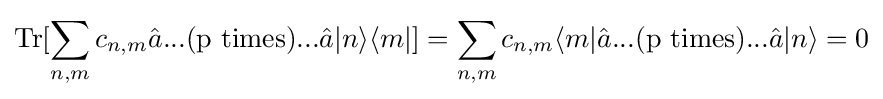
\mathrm {Tr} [\sum \limits _{n,m}c_{n,m}{\hat {a}}...({\text{p times}})...{\hat {a}}|n\rangle \langle m|]=\sum \limits _{n,m}c_{n,m}\langle m|{\hat {a}}...({\text{p times}})...{\hat {a}}|n\rangle =0